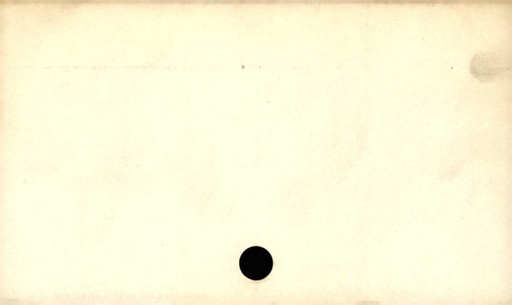
Label: blank